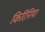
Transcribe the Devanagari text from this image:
किरिनिया